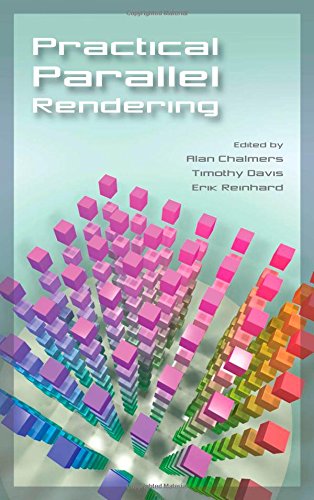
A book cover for Practical Parallel Rendering; Computers & Technology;